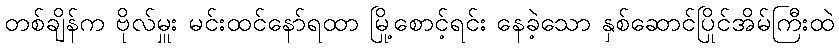
တစ်ချိန်က ဗိုလ်မှူး မင်းထင်နော်ရထာ မြို့စောင့်ရင်း နေခဲ့သော နှစ်ဆောင်ပြိုင်အိမ်ကြီးထဲ